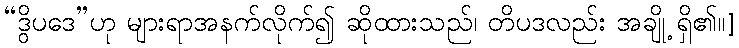
“ဒွိပဒေ”ဟု များရာအနက်လိုက်၍ ဆိုထားသည်၊ တိပဒလည်း အချို့ ရှိ၏။]